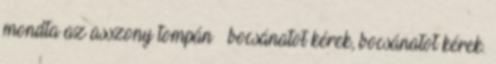
mondta az asszony tompán – bocsánatot kérek, bocsánatot kérek.